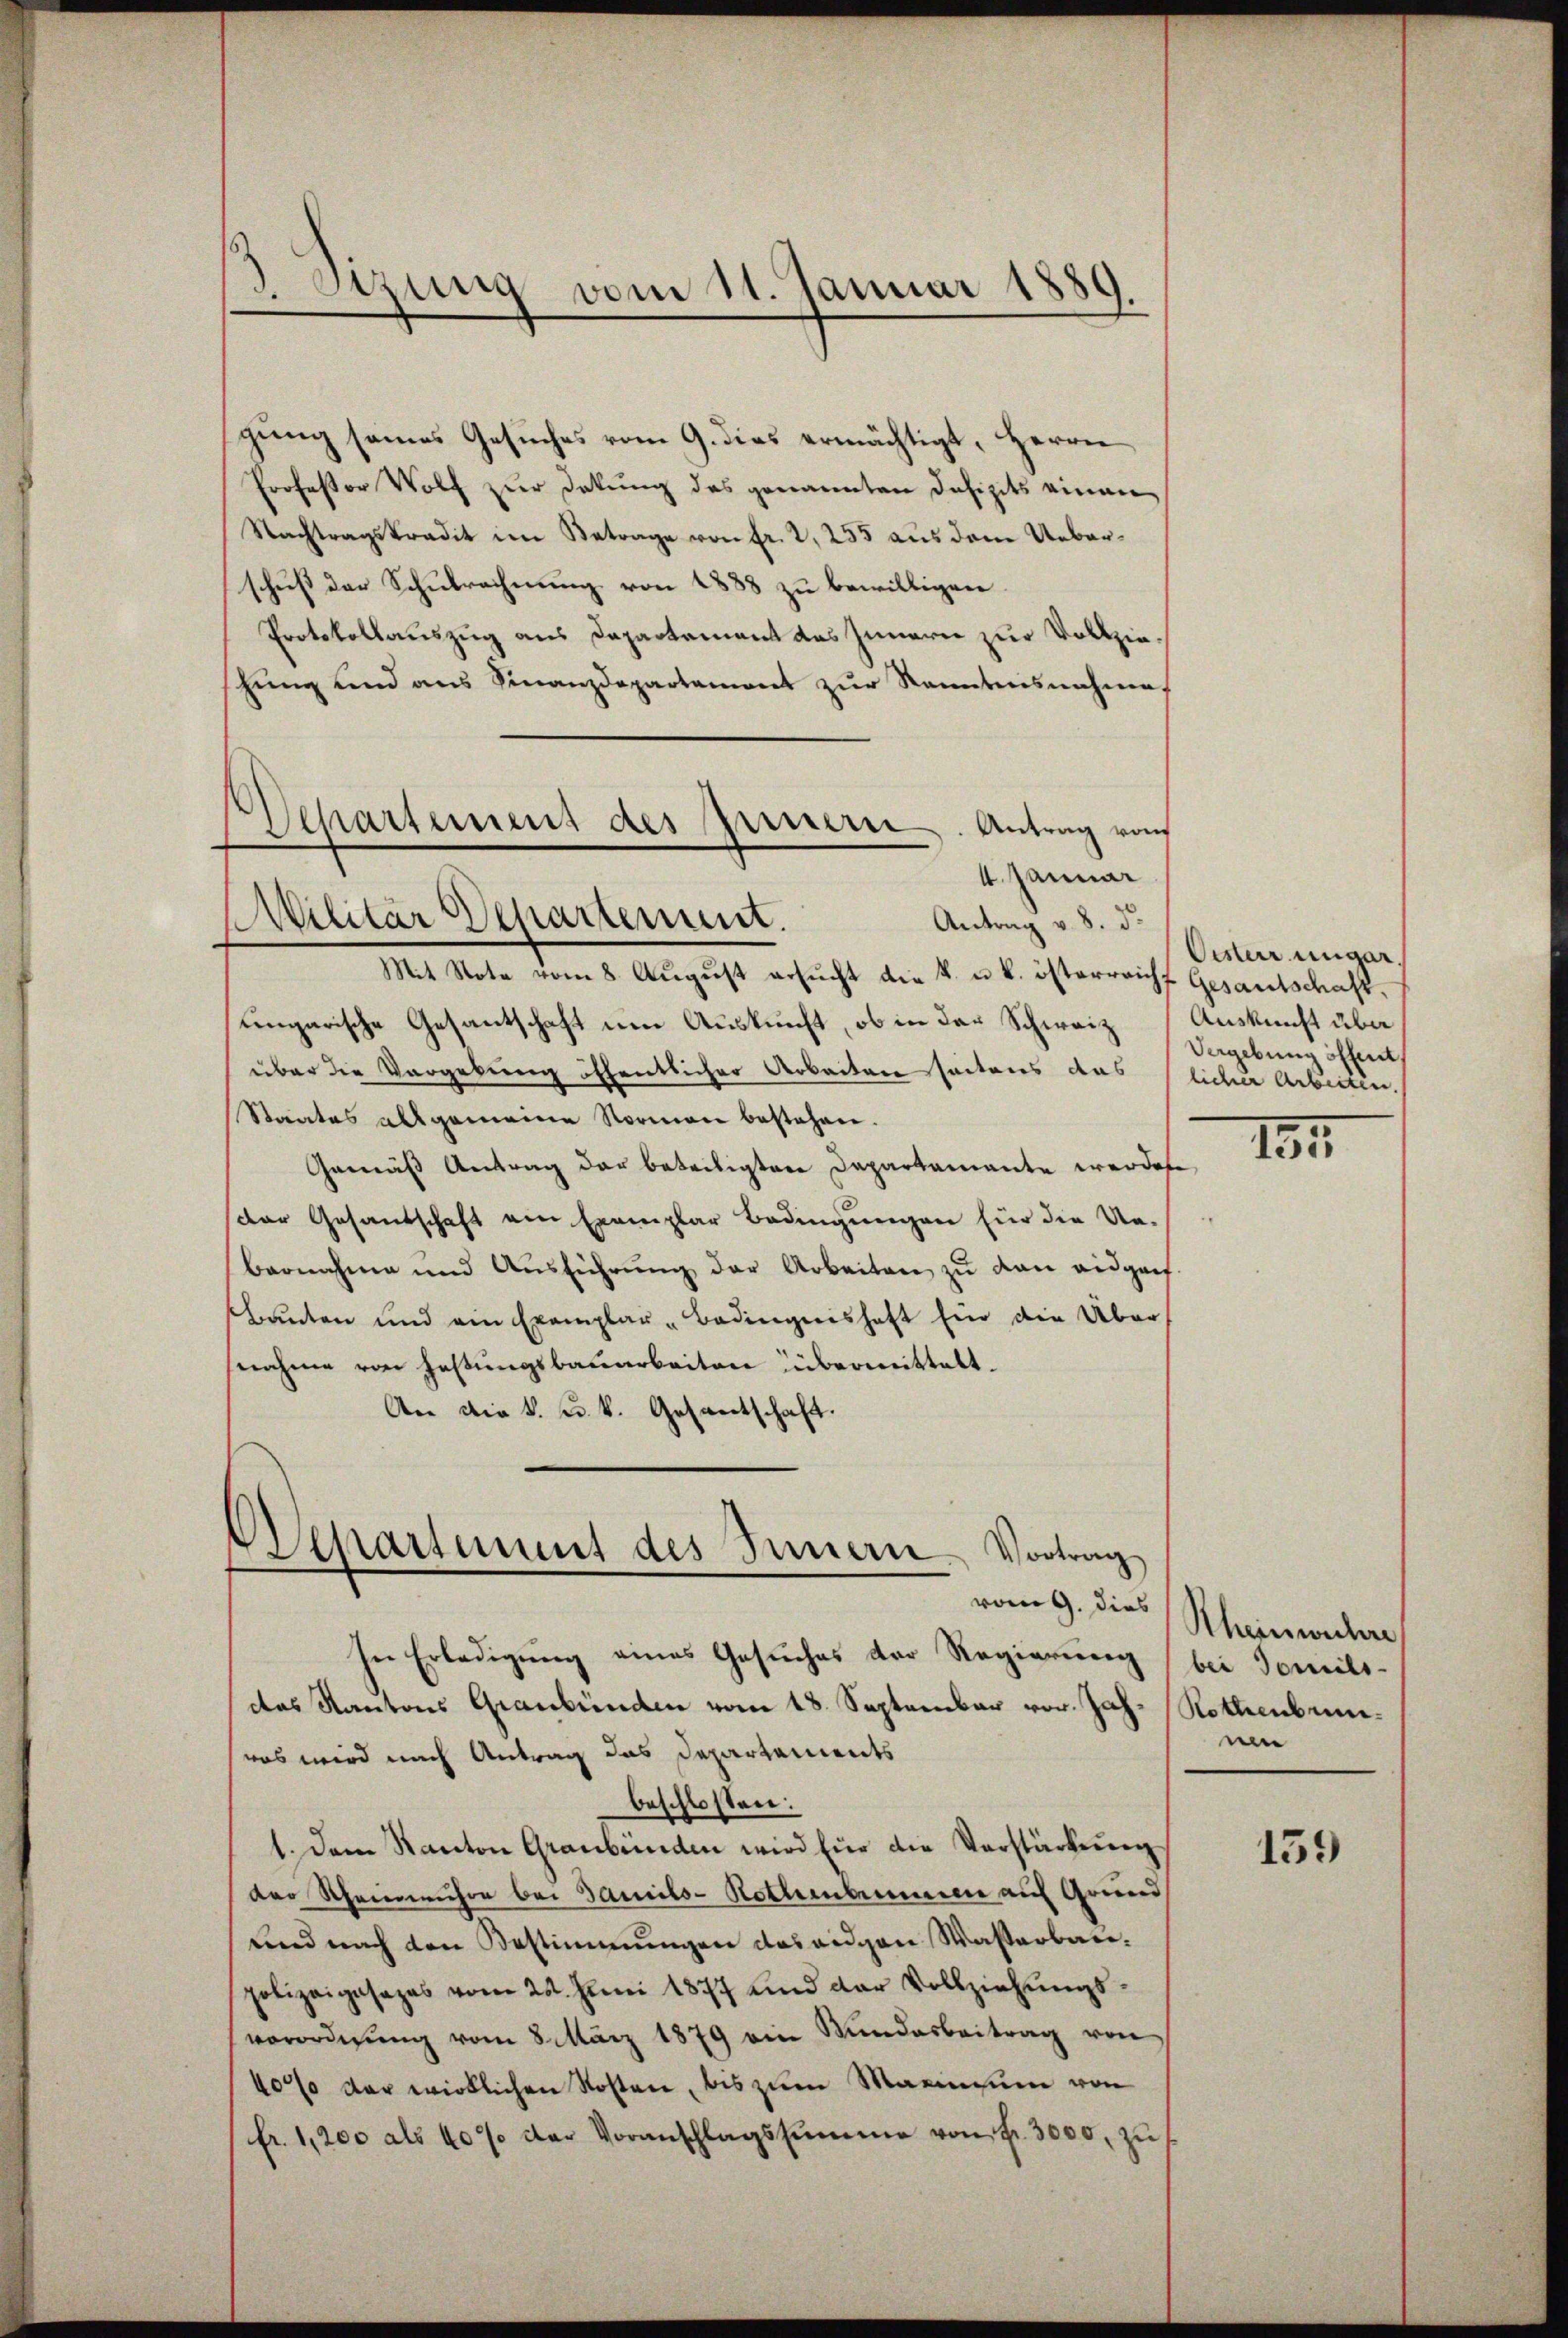
Stzung vom 11. Januar 1889.

gung seines Gesuches vom 9. dies ermächtigt, Herrn
Professor Wolf zur Dekung des genannten Defizits einen
Nachtragskradit im Betrage von fr. 2, 255 aus dem Ueberschuß der Schulrechnung von 1888 zu bewilligen.
Protokollauszug aus Departement das Innern zur Vollziehŭng und aus Finanzdepartement zŭr Kenntnisnahmes
Mit Note vom 8. Aŭgŭst ersŭcht die k. u. k. österreicht Gesantschaft,
ungarische Gesantschaft um Auskunft, ob in der Schweiz
über die Vergebung öffentlicher Arbeiten seitens das
Staates allgemeine Normen bestehen.
Gemäß Antrag der beteiligten Departamante werden,
Der Gesandschaft am Exemplar Bedingungen für die Ue-
bernahme und Aŭsführŭng der Arbeiten zŭ den eidgen.
sbauten und ein Exemplar-Bedingnishaft für die Übersnahme von Haßungsbauarbeiten übermittelt.
An die k. u. k. Gesantschaft.

Separtement des gernern. Antrag von
4 Januar
Militär Departement.
Antrag v. 8. d.

Departement des Innern Vortrag

In Erledigung eines Gesuches der Regierung (bei doneils-
das Kantons Graubünden vom 18. September vor. Jah- Rothenbunwas wird nach Antrag das Departements
beschlossen:
1. Dem Kanton Graubünden wird für die Verstärkung
der Rheinrühre bei Famils-Nothebammen auf Grund
und nach den Bestimmungen das eidgen Wasserbau-
polizeigesages vom 24. Juni 1877 und der Vollziehŭngs-
verordnŭng vom 8. März 1879 ein Mundesbeitrag von
40% der wirklichen Kosten, bis zum Marinium von
fr. 1,200 als 40% der Voranschlagssumme von fr. 3000, zu

Oister ungar.
Auskunft über
Vergebung öffent
licher Arbeiten.

131.

vom 9. dies Rheinwichere
nen

159